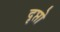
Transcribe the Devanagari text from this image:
दृप्तो